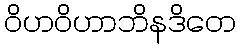
ဝိဟဝိဟာဘိနဒိတေ